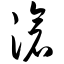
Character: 沧